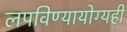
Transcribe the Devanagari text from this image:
लपविण्यायोग्यही